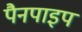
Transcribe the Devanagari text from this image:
पैनपाइप